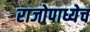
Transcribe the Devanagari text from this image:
राजोपाध्येच